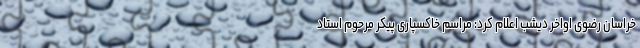
خراسان رضوی اواخر دیشب اعلام کرد: مراسم خاکسپاری پیکر مرحوم استاد